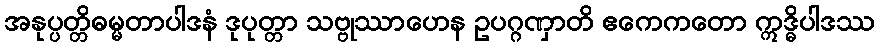
အနုပ္ပတ္တိဓမ္မတာပါဒနံ ဒုပုတ္တာ သဗ္ဗုဿာဟေန ဥပဂ္ဂဏှာတိ ဧကေကတော ဣဒ္ဓိပါဒဿ